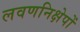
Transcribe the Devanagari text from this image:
लवणनिक्षेपों